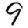
Digit: 9